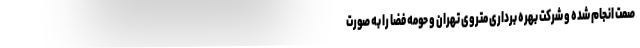
صمت انجام شده و شرکت بهره برداری متروی تهران و حومه فضا را به صورت